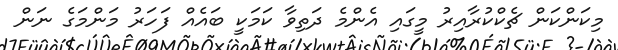
މިކަންކަން ޗެކްކުރާއިރު މީގައި އެންމެ ދަތިވާ ކަމަކީ ބައެއް ފަހަރު މަންމަގެ ނަން